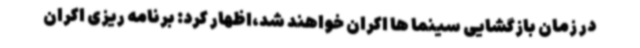
در زمان بازگشایی سینما ها اکران خواهند شد،اظهار کرد: برنامه ریزی اکران